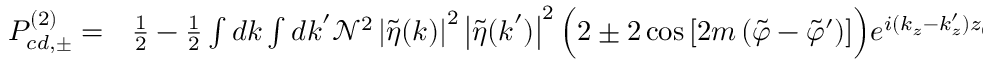
\begin{array} { r l } { P _ { c d , \pm } ^ { ( 2 ) } = } & { { } \frac { 1 } { 2 } - \frac { 1 } { 2 } \int d \boldsymbol { k } \int d \boldsymbol { k } ^ { \prime } \mathcal { N } ^ { 2 } \left| \tilde { \eta } ( \boldsymbol { k } ) \right| ^ { 2 } \left| \tilde { \eta } ( \boldsymbol { k } ^ { \prime } ) \right| ^ { 2 } \Big ( 2 \pm 2 \cos { \left[ 2 m \left( \tilde { \varphi } - \tilde { \varphi } ^ { \prime } \right) \right] } \Big ) e ^ { i ( k _ { z } - k _ { z } ^ { \prime } ) z _ { 0 } } . } \end{array}